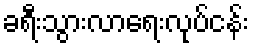
ခရီးသွားလာရေးလုပ်ငန်း